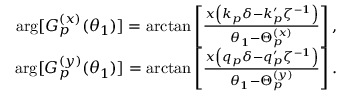
\begin{array} { r } { \arg [ G _ { p } ^ { ( x ) } ( \theta _ { 1 } ) ] = \arctan \left[ \frac { x \left( k _ { p } \delta - k _ { p } ^ { \prime } \zeta ^ { - 1 } \right) } { \theta _ { 1 } - \Theta _ { p } ^ { ( x ) } } \right] , } \\ { \arg [ G _ { p } ^ { ( y ) } ( \theta _ { 1 } ) ] = \arctan \left[ \frac { x \left( q _ { p } \delta - q _ { p } ^ { \prime } \zeta ^ { - 1 } \right) } { \theta _ { 1 } - \Theta _ { p } ^ { ( y ) } } \right] . } \end{array}